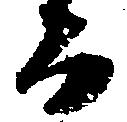
る